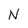
Character: N